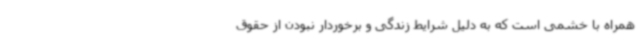
همراه با خشمی است که به دلیل شرایط زندگی و برخوردار نبودن از حقوق